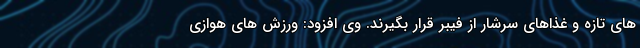
های تازه و غذاهای سرشار از فیبر قرار بگیرند. وی افزود: ورزش های هوازی